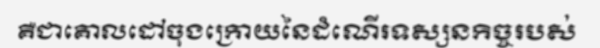
គឺជាគោលដៅចុងក្រោយនៃដំណើរទស្សនកិច្ចរបស់